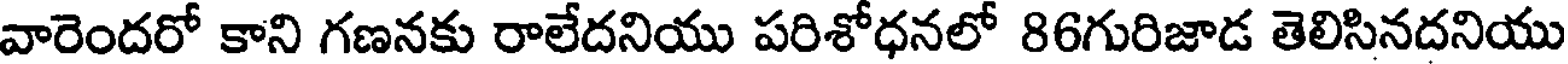
వారెందరో కాని గణనకు రాలేదనియు పరిశోధనలో 86గురిజాడ తెలిసినదనియు